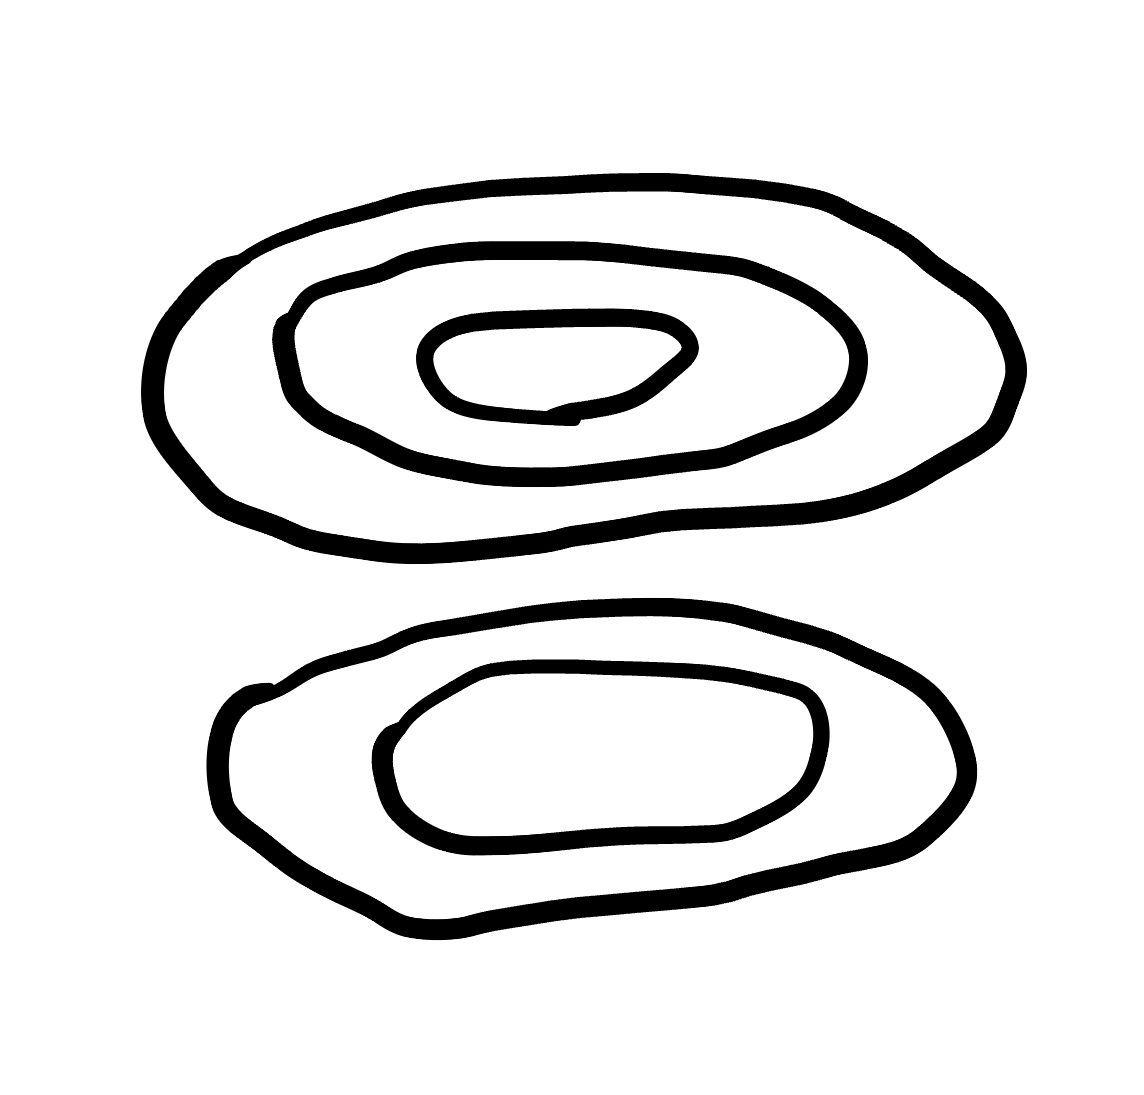
Number of regions (including the outer root region): 6
Containment tree edges (parent, child): 0, 1, 0, 3, 1, 2, 3, 4, 4, 5